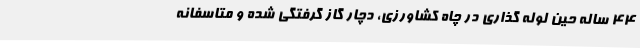
44 ساله حین لوله گذاری در چاه کشاورزی، دچار گاز گرفتگی شده و متاسفانه